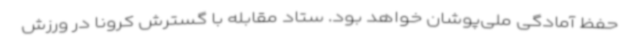
حفظ آمادگی ملی‌پوشان خواهد بود. ستاد مقابله با گسترش کرونا در ورزش